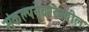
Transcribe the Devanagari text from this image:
संकल्पनेवरदेखील